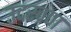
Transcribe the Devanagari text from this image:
उदरव्रण